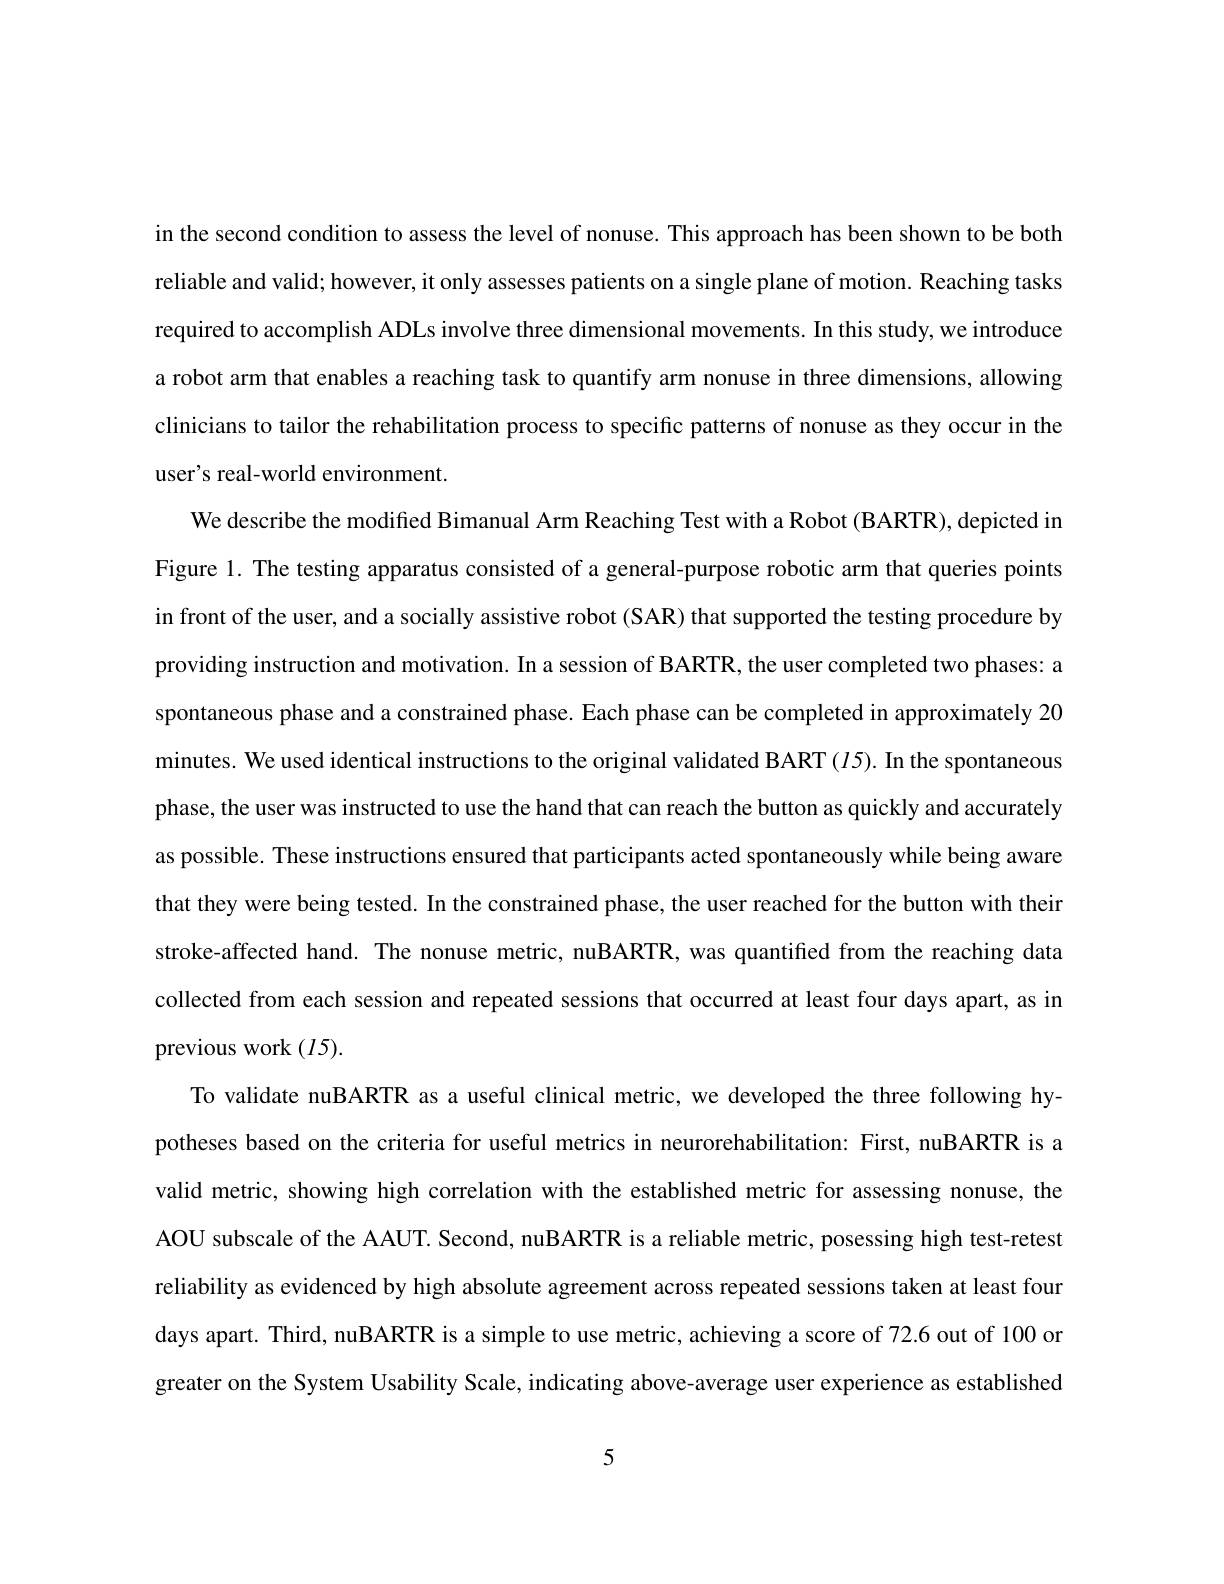
in the second condition to assess the level of nonuse. This approach has been shown to be both reliable and valid; however, it only assesses patients on a single plane of motion. Reaching tasks required to accomplish ADLs involve three dimensional movements. In this study, we introduce a robot arm that enables a reaching task to quantify arm nonuse in three dimensions, allowing clinicians to tailor the rehabilitation process to specific patterns of nonuse as they occur in the user's real-world environment.
We describe the modified Bimanual Arm Reaching Test with a Robot (BARTR), depicted in Figure 1. The testing apparatus consisted of a general-purpose robotic arm that queries points in front of the user, and a socially assistive robot (SAR) that supported the testing procedure by providing instruction and motivation. In a session of BARTR, the user completed two phases: a spontaneous phase and a constrained phase. Each phase can be completed in approximately 20 minutes. We used identical instructions to the original validated BART (I5). In the spontaneous phase, the user was instructed to use the hand that can reach the button as quickly and accurately as possible. These instructions ensured that participants acted spontaneously while being aware that they were being tested. In the constrained phase, the user reached for the button with their stroke-affected hand. The nonuse metric, nuBARTR, was quantified from the reaching data collected from each session and repeated sessions that occurred at least four days apart, as in previous work $(I5).$
To validate nuBARTR as a useful clinical metric, we developed the three following hypotheses based on the criteria for useful metrics in neurorehabilitation: First, nuBARTR is a valid metric, showing high correlation with the established metric for assessing nonuse, the AOU subscale of the AAUT. Second, nuBARTR is a reliable metric, posessing high test-retest reliability as evidenced by high absolute agreement across repeated sessions taken at least four days apart. Third, nuBARTR is a simple to use metric, achieving a score of 72.6 out of 100 or greater on the System Usability Scale, indicating above-average user experience as established

5